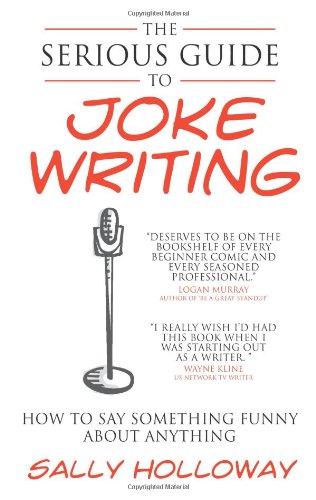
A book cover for The Serious Guide to Joke Writing: How To Say Something Funny About Anything; Sally Holloway; Humor & Entertainment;